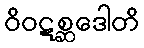
ဝိဝဋစ္ဆဒေါတိ